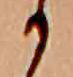
か